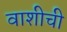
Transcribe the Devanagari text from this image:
वाशीची